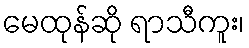
မေထုန်ဆို ရာသီကူး၊